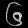
Digit: ၆